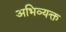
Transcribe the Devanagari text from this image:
अभिव्‍यक्त